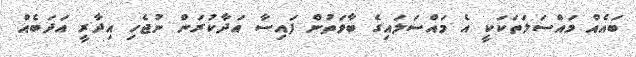
ބައެއް މައްސަލަތަކަކީ އެ މައްސަލައިގެ ބާވަތުން ފައިސާ އަދާކުރަން ނުޖެހި އިދާރީ އަދަބެއް